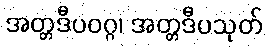
အတ္တဒီပဝဂ္ဂ၊ အတ္တဒီပသုတ်